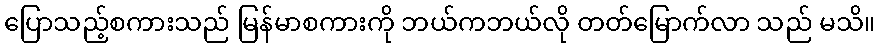
ပြောသည့်စကားသည် မြန်မာစကားကို ဘယ်ကဘယ်လို တတ်မြောက်လာ သည် မသိ။